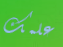
علمك